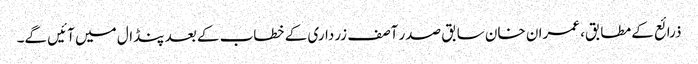
ذرائع کے مطابق، عمران خان سابق صدر آصف زرداری کے خطاب کے بعد پنڈال میں آئیں گے۔